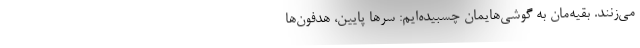
می‌زنند. بقیه‌مان به گوشی‌هایمان چسبیده‌ایم: سرها پایین، هدفون‌ها